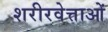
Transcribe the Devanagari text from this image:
शरीरवेत्ताओं